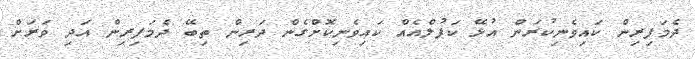
ދެމަފިރިން ކައިވެނިކުރަން އުޅޭ ކަޕުލްއެއް ކައިވެނިކޮށްގެން ދަރިން ތިބޭ ދެމަފިރިން އަދި ވަރަށް